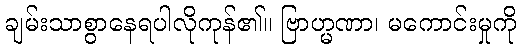
ချမ်းသာစွာနေရပါလိုကုန်၏။ ဗြာဟ္မဏာ၊ မကောင်းမှုကို